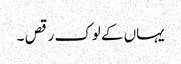
یہاں کے لوک رقص ۔